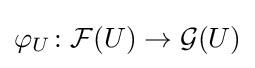
\varphi _{U}\colon {\mathcal {F}}(U)\rightarrow {\mathcal {G}}(U)